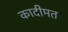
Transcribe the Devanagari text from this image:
कादीमत